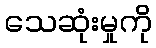
သေဆုံးမှုကို